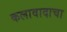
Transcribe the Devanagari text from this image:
कलावादाचा